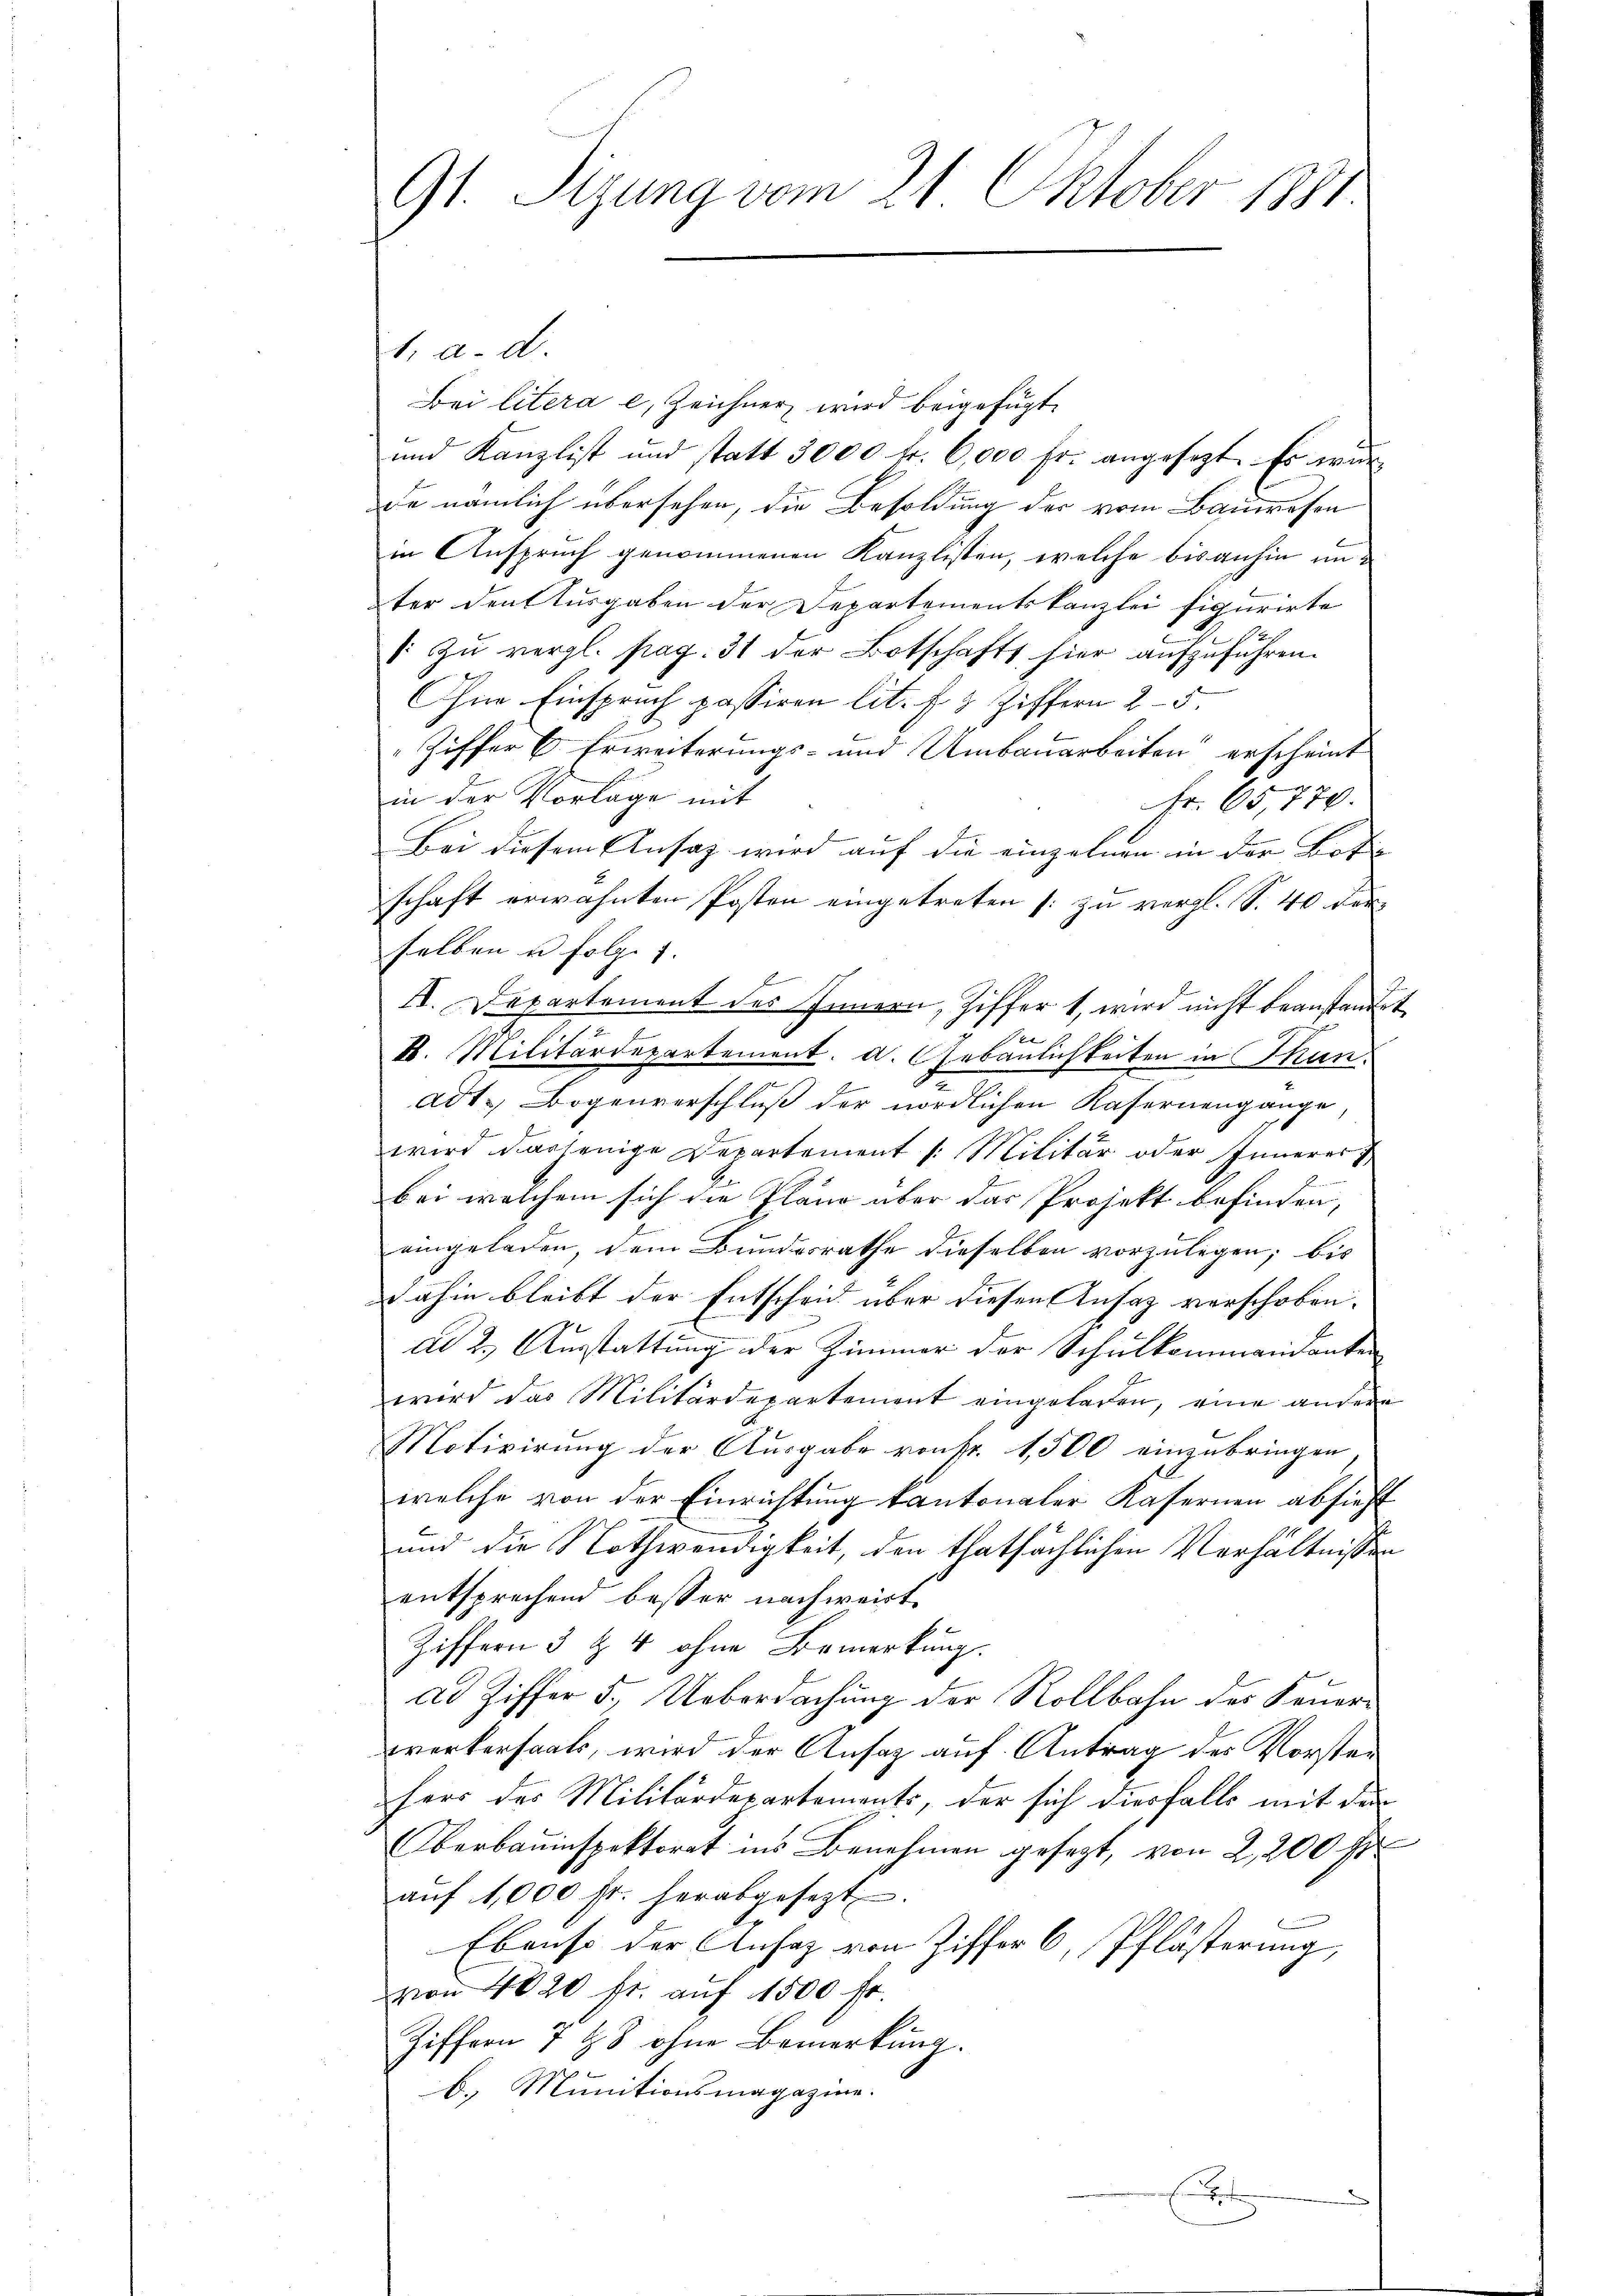
91. Sizung vom 21. Oktober 1881

. a. d.
Bei litera e, Zeichner wird beigefügt,
und Kanzlist und statt 3000 fr. 6,000 fr. angesetzt. Es wur
de nämlich übersehen, die Besoldung der vom Bauwesen
in Anspruch genommenen Kanzlisten, welche bisanhin unter den Ausgaben der Departementskanzlei figurirte
: zu vergl. pag. 31 der Botschafts hier aufzuführen.
Ihne Einspruch passiren lit. f. 2 Ziffern 25.
Ziffer 6. Erweiterungs- und Umbauarbeiten“ erscheint
in der Vorlage mit
Fr. 65,770.
Bei diesem Ansatz wird auf die einzelnen in der Bote |
schaft erwähnten Posten eingetreten zu vergl. S. 40 der
selben u folge
II. Departement des Innern, Ziffer 1, wird nicht beanstandet
.
e
be
H. Militärdepartement. d. Gebäulichkeiten in Man
adt. Bogenverschluß der nördlichen Kasernengange
wird dasjenige Departement /: Militär oder Innerer
bei welchem sich die Pläne über das Projekt befinden,
eingeladen, dem Bundesrathe dieselben vorzulegen; bis
dahin bleibt der Entscheid über diesen Ansaz verschoben.
ad 2.) Ausstattung der Zimmer der Schulkommandanten
wird das Militärdepartement eingeladen, eine andere
Motivirung der Ausgabe von fr. 1,500 einzubringen
welche von der Einrichtung kantonaler Kasernen absieht
und die Nothwendigkeit, den thatsächlichen Verhältnissen
entsprechend besser nachweist.
Ziffern 3 & 4 ohne Bemerkung.
ad Ziffer 5. Ueberdachung der Rollbahn des Feuerwerkersaals, wird der Ansaz auf Antrag des Vorsten
herr der Militärdepartements, der sich diesfalls mit den
berbauinspektorat ins Benehmen gesezt, von 2,200 fr
aŭf 1,000 fr. herabgesezt.
Ebenso der Ansag von Ziffer 6, Pflästerung,
von 4020 fr. auf 1500 fr.
Ziffern 7 t 8 ohne Bemerkung.
b. Munitionsmagazine.